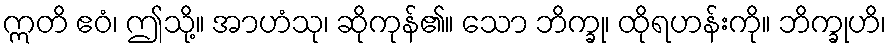
ဣတိ ဧဝံ၊ ဤသို့။ အာဟံသု၊ ဆိုကုန်၏။ သော ဘိက္ခု၊ ထိုရဟန်းကို။ ဘိက္ခုဟိ၊